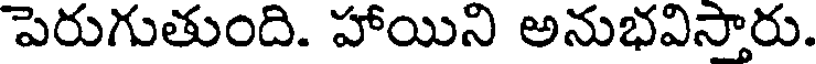
పెరుగుతుంది. హాయిని అనుభవిస్తారు.